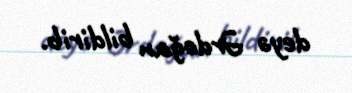
deyə Ərdoğan bildirib.